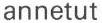
annetut